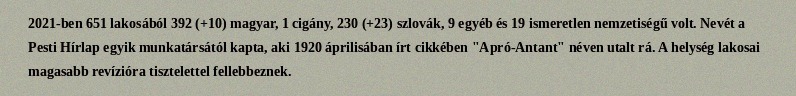
2021-ben 651 lakosából 392 (+10) magyar, 1 cigány, 230 (+23) szlovák, 9 egyéb és 19 ismeretlen nemzetiségű volt. Nevét a Pesti Hírlap egyik munkatársától kapta, aki 1920 áprilisában írt cikkében "Apró-Antant" néven utalt rá. A helység lakosai magasabb revízióra tisztelettel fellebbeznek.